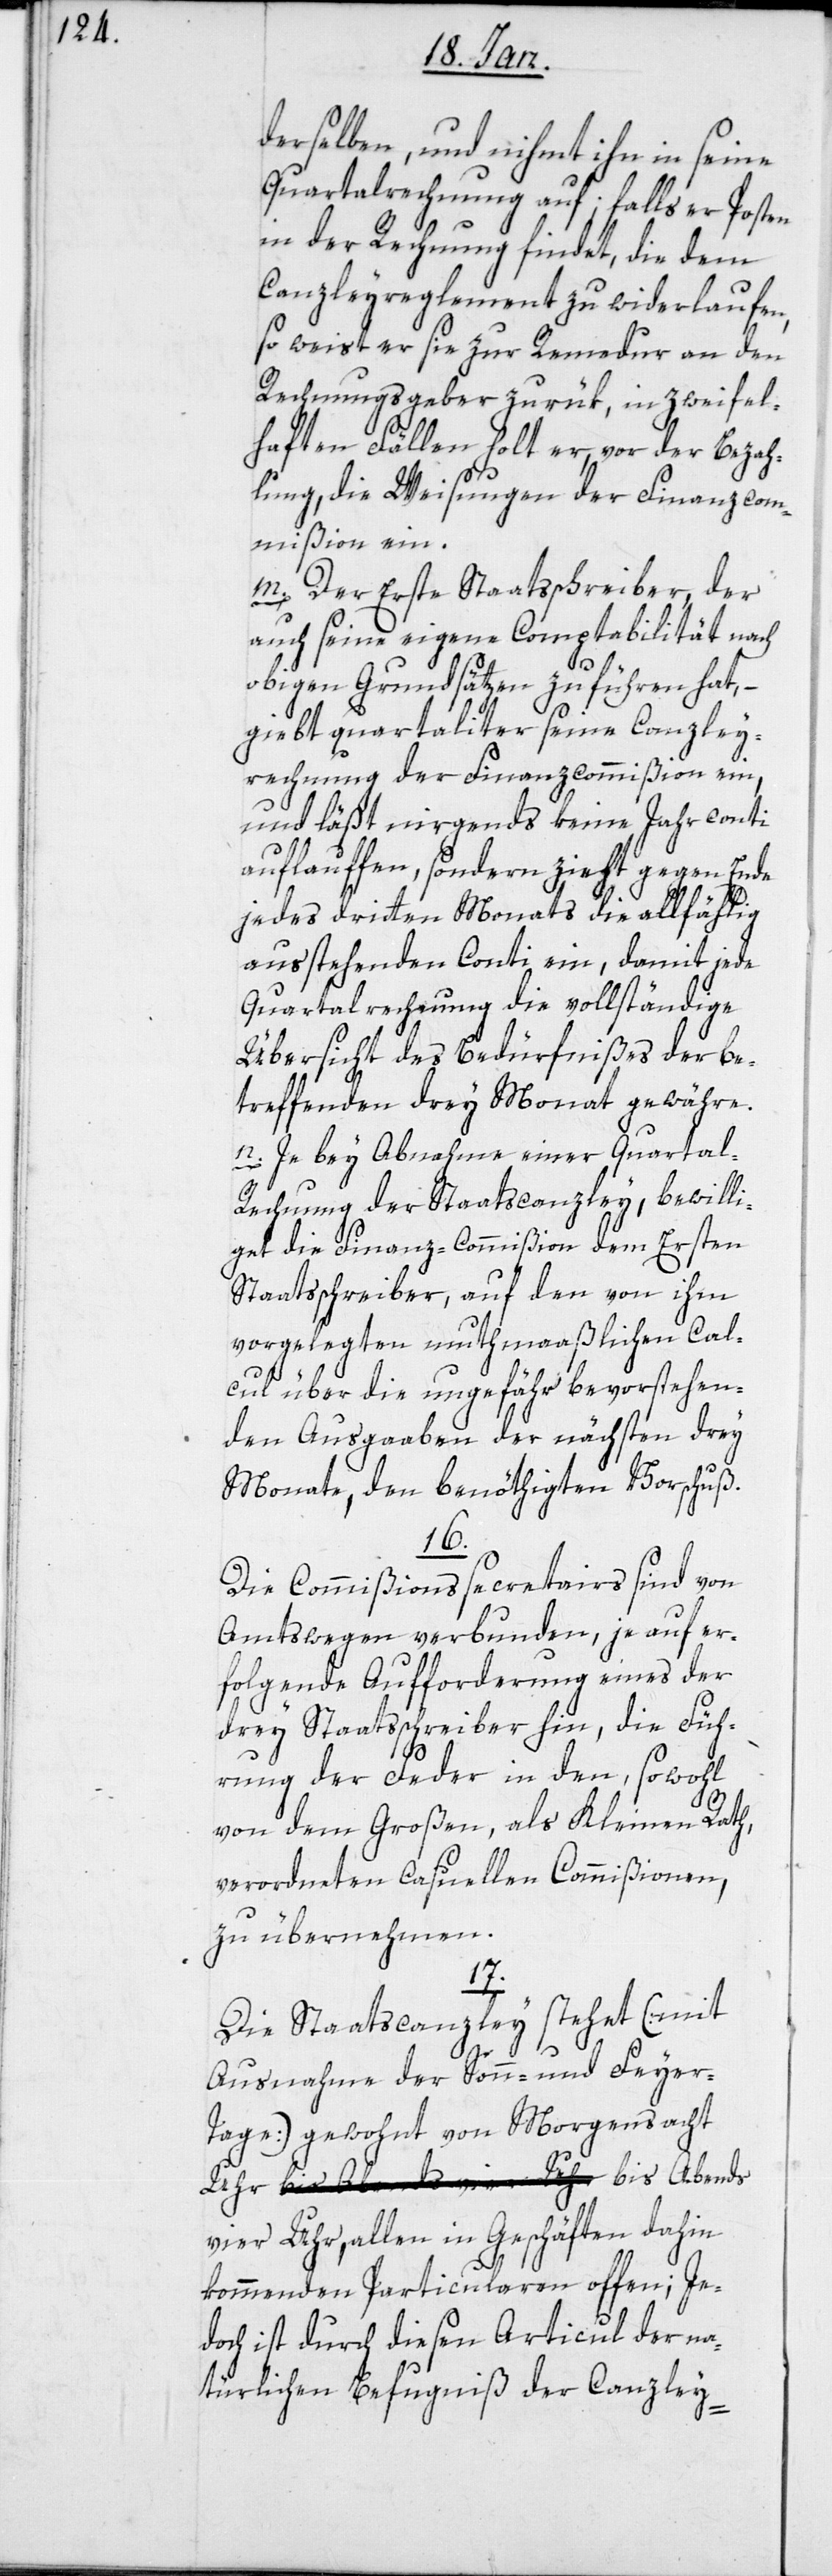
derselben, und nihmt ihn in seine
Quartalrechnung auf; falls er Posten
in der Rechnung findet, die dem
Canzleyreglement zu widerlaufen,
so weist er sie zur Remedur an den
Rechnungsgeber zurük, in zweifel¬
haften Fällen holt er vor der Bezah¬
lung, die Weisung der Finanzcom¬
mißion ein.
m) Der Erste Staatsschreiber, der
auch seine eigene Comptabilität nach
obigen Grundsätzen zu führen hat, –
giebt quartaliter seine Canzley¬
rechnung der Finanzcommißion ein,
und läßt nirgends keine Jahrconti
auflauffen, sondern zieht gegen Ende
jedes dritten Monats die allfählig
ausstehenden Conti ein, damit jede
Quartalrechnung die vollständige
Übersicht des Bedürfnißes der be¬
treffenden drey Monat gewähre.
n) Je bey Abnahme einer Quartal-R¬
echnung der Staatscanzley, bewilli¬
get die Finanz-Commißion dem Ersten
Staatsschreiber, auf den von ihm
vorgelegten muthmaaßlichen Cal¬
cul über die ungefähr bevorstehen¬
den Ausgaaben der nächsten drey
Monate, den benöthigten Vorschuß.
16.
Die Commißionssecretairs sind von
Amtswegen verbunden, je auf er¬
folgende Aufforderung eines der
drey Staatsschreiber hin, die Füh¬
rung der Feder in den, sowohl
von dem Großen, als dem Kleinen Rath,
verordneten casuellen Commißionen,
zu übernehmen.
17.
Die Staatscanzley stehet (mit
Ausnahme der Sonn- und Feye¬
r-Tage) gewohnt von Morgens acht
vier Uhr, allen in Geschäften dahin
kommenden Particularen offen; Je¬
doch ist durch diesen Articul der na¬
türlichen Befugniß der Canzley-